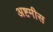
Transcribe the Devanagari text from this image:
अष्टमीस